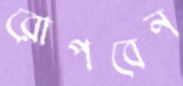
রোপবেন